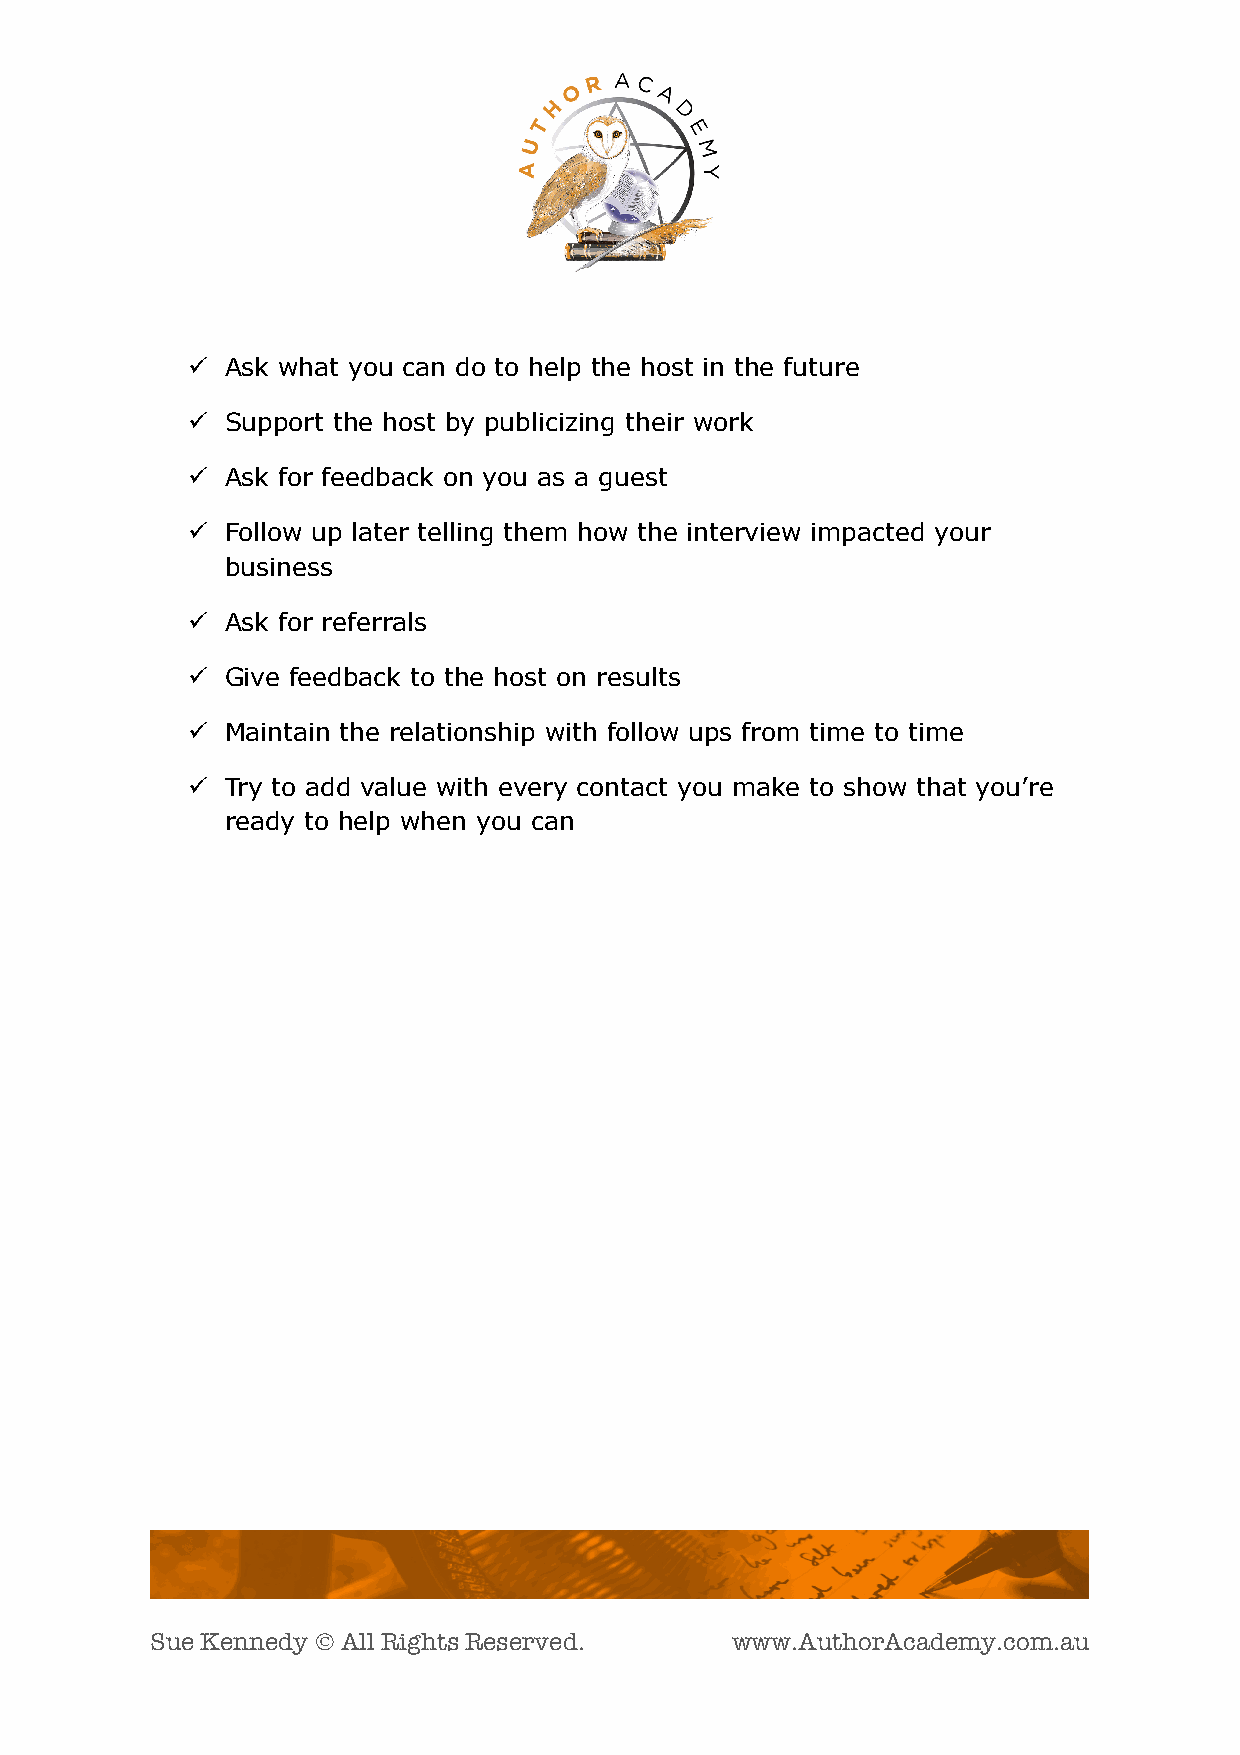
ü  Ask what you can do to help the host in the future
 ü  Support the host by publicizing their work
 ü  Ask for feedback on you as a guest
 ü  Follow up later telling them how the interview impacted your
 business
 ü  Ask for referrals
 ü  Give feedback to the host on results
 ü  Maintain the relationship with follow ups from time to time
 ü  Try to add value with every contact you make to show that you’re
 ready to help when you can
 Sue Kennedy Ó All Rights Reserved.    www.AuthorAcademy.com.au